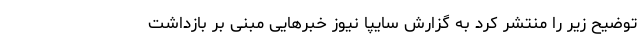
توضیح زیر را منتشر کرد به گزارش سایپا نیوز خبرهایی مبنی بر بازداشت